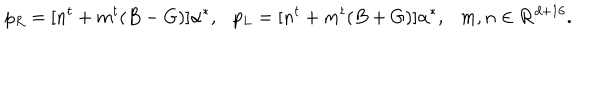
p _ { R } = [ n ^ { t } + m ^ { t } ( B - G ) ] { \alpha } ^ { * } , \ \ \ p _ { L } = [ n ^ { t } + m ^ { t } ( B + G ) ] { \alpha } ^ { * } , \ \ \ m , n \in { \bf R } ^ { d + 1 6 } .